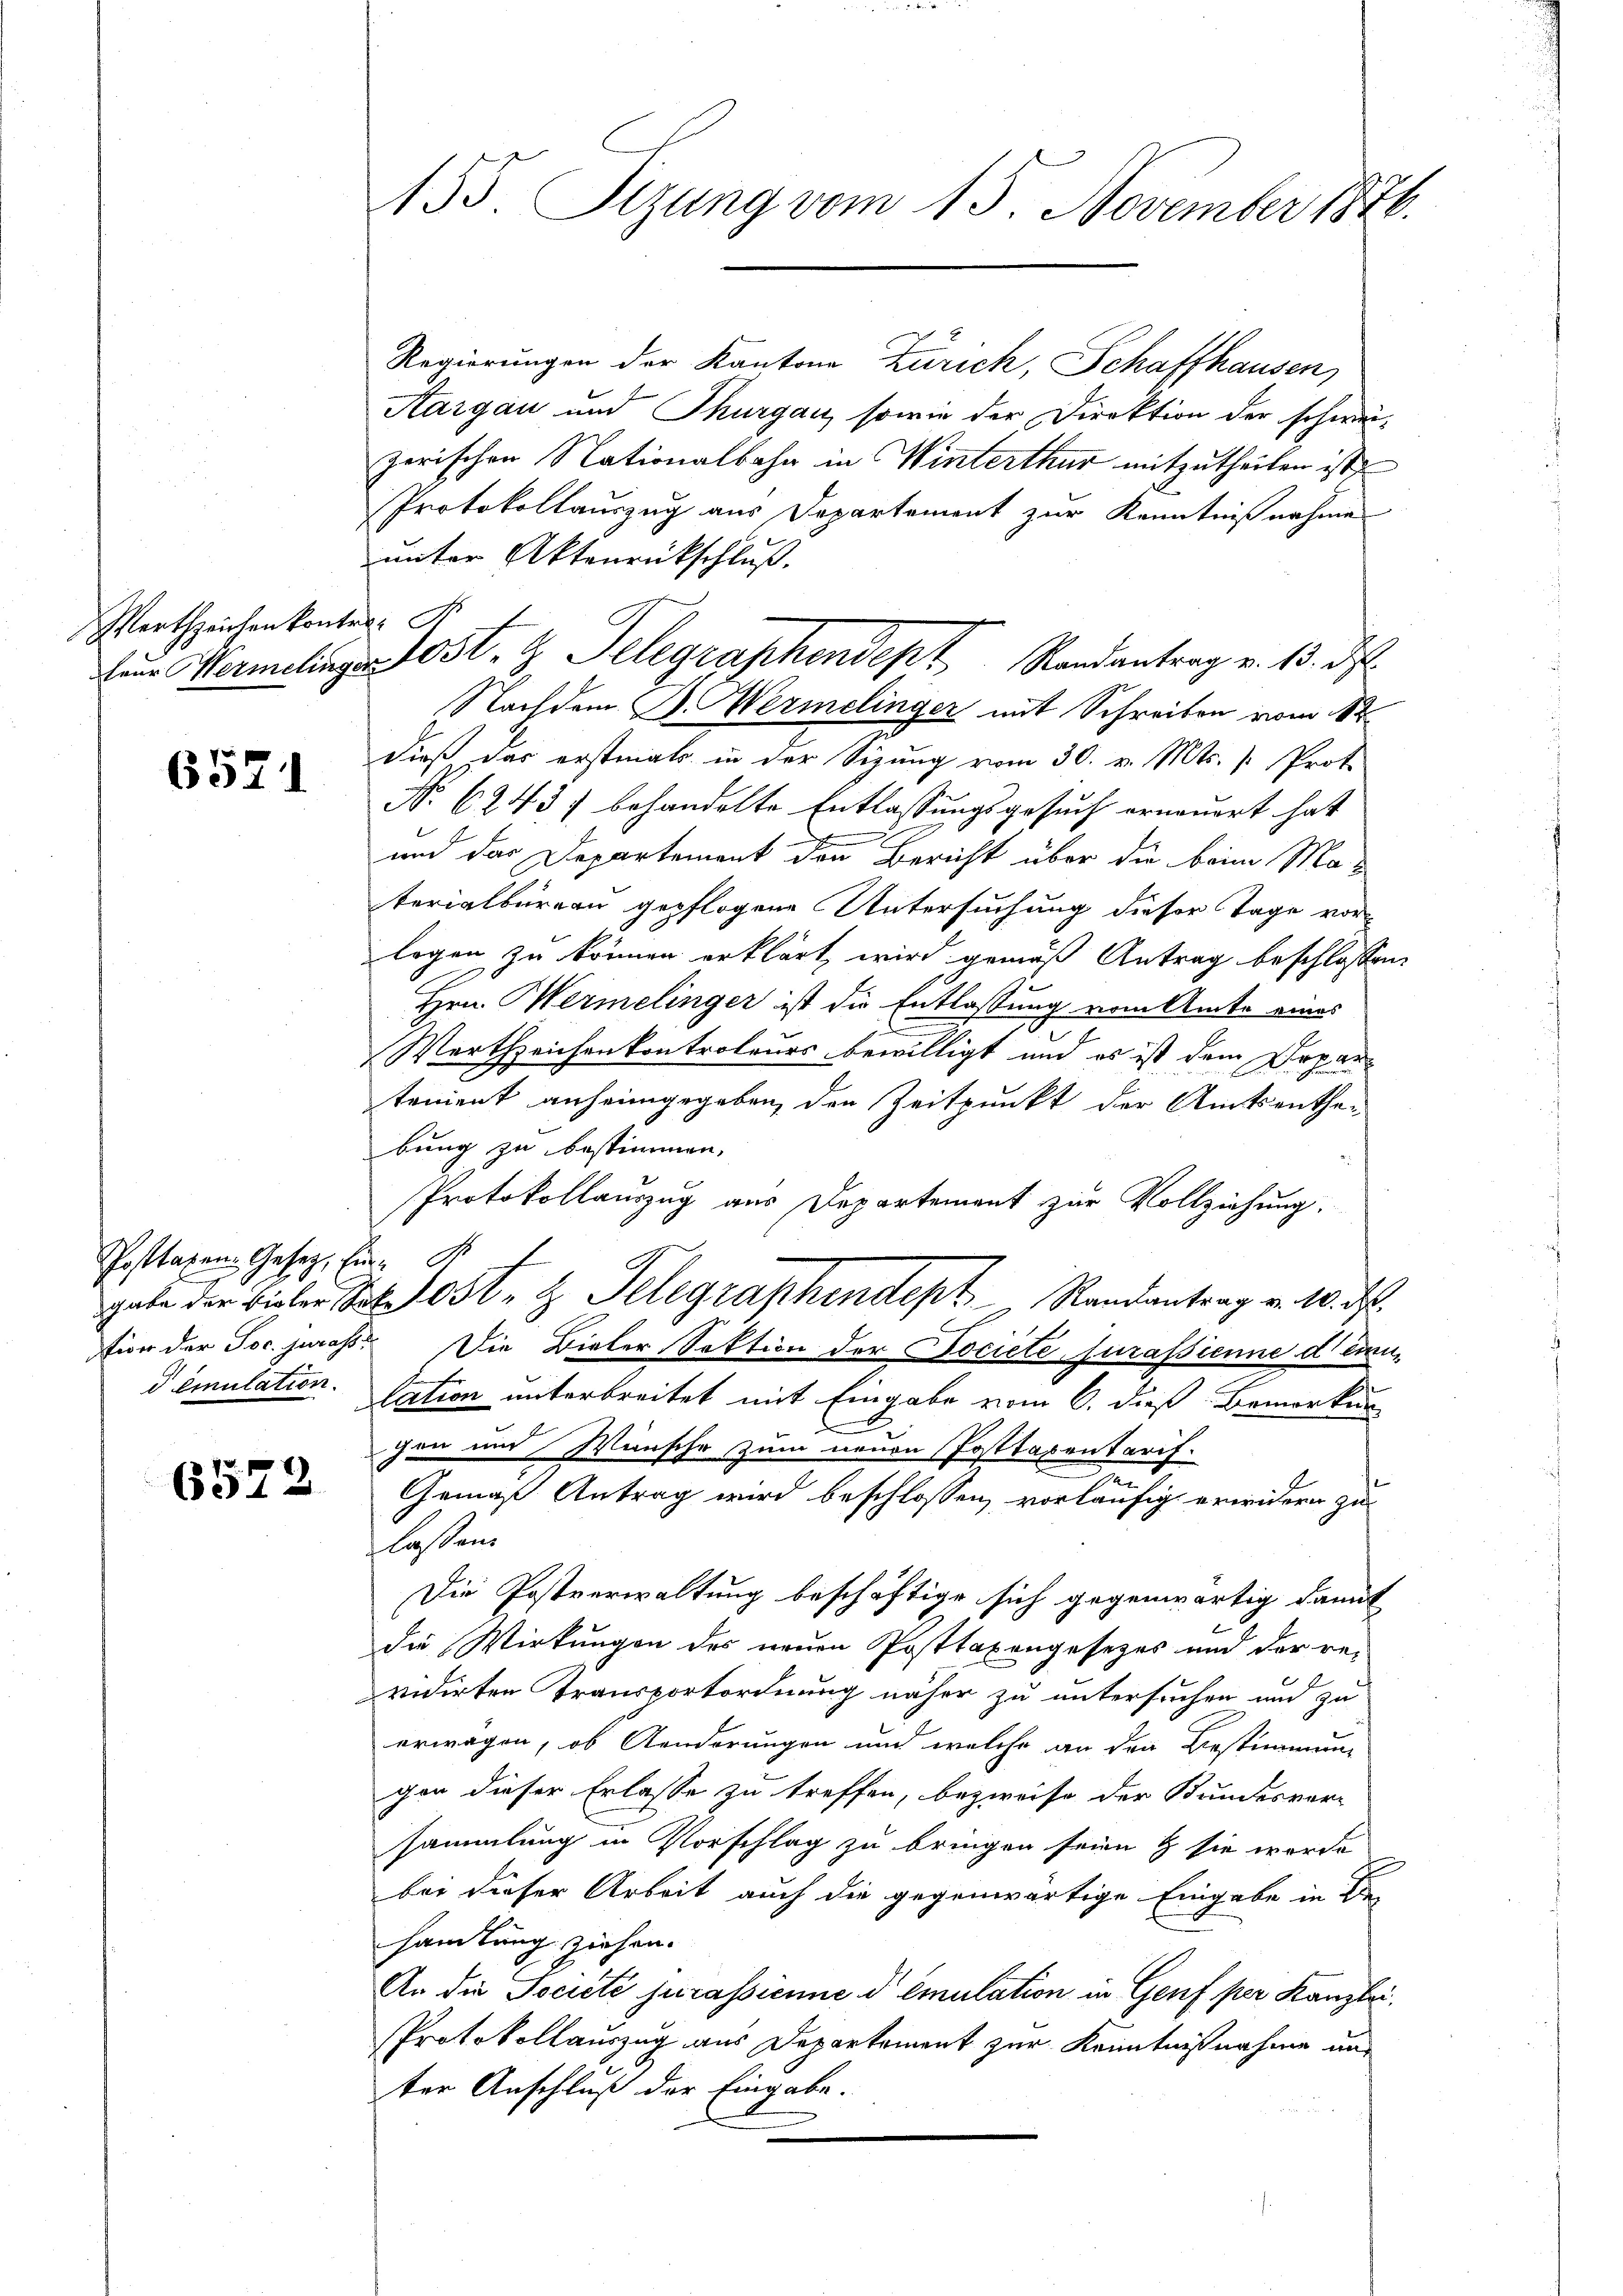
Mertzeichen kontr. A

6521

Posttaxen Gesetz, hin
d emulation.

6522

155 Sizung vom 15. November 1876.

Regierungen der Kantone Zürich, Schaffhausen
Aargau und Thurgau, sowie der Direktion der schweizerischen Nationalbahn in Winterthur mitzutheilen ist
Protokollauszug aus Departement zur Kenntnißnahme
unter Aktenrückschluß
Nachdem H. Wermelinger mit Schreiben vom 8ten
dieß das erstmals in der Sizung vom 30. v. Mts. [: Proto
No. 62437 behandelte Entlassungsgesuch erneuert hat
und das Departement den Bericht über die beim Materialbüreau gepflogene Untersuchung dieser Tage vorlogen zu können erklärt, wird gemäß Antrag beschlossen:
Hrn. Hermelinger ist die Entlassung vom Amte eines
s

Werthzeichenkontroleurs bewilligt und es ist dem Departement anheimgegeben, den Zeitpunkt der Amtsenthe-
bung zu bestimmen.
Protokollauszug aus Departement zur Vollziehung.
gabe der Bieler Joh. Jost, z. Telegraphendept Randantrag v. 10. ds.
fior der Joc. juras. Die Dieler Sektion der Societe Jurasienne deren
lation unterbreitet mit Eingabe vom 6. dieß Bemerkun
.
gen und Wünsche zum neuen Posttaxentarif.
n
Gemäß Antrag wird beschlossen, vorläufig erwidern zu
lassen.
Die Postverwaltung beschäftige sich gegenwärtig damit
die Wirkungen des neuen Posttaxengesezes und der revidirten Transportordnung näher zu untersuchen und zu
erwagen, ob Aenderungen und welche an den Bestimmung
gen dieser Erlasse zu treffen, bezweife der Bundesver-
sammlung in Vorschlag zu bringen seien & sie werde
bei dieser Arbeit auch die gegenwärtige Eingabe in Be-
handlung ziehen.
An die Société jurassienne demulation in Genf per Kanzlei
Protokollauszug aus Departement zur Kenntnißnahme und
ter Anschluß der Eingabe.

Eine Vermelinger Post- & Telegraphendept Randantrag v. 13. ds